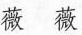
薇薇